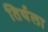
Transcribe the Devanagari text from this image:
तिर्थला